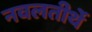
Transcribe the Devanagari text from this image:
नवलतीर्थे